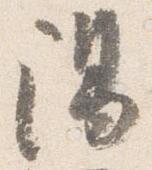
陽